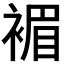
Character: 𧛰